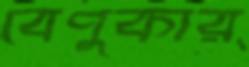
বেণুকার